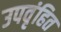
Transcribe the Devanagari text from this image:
उपवृंहित